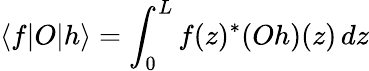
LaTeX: \langle f\vert O\vert h\rangle=\int_{0}^{L}f(z)^{\ast}(Oh)(z)\, dz